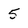
Character: 5